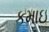
કમાઇ